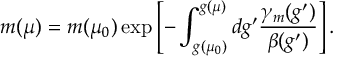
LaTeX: m ( \mu ) = m ( \mu _ { 0 } ) \exp \left[ - \int _ { g ( \mu _ { 0 } ) } ^ { g ( \mu ) } { d g ^ { \prime } \frac { \gamma _ { m } ( g ^ { \prime } ) } { \beta ( g ^ { \prime } ) } } \right] .